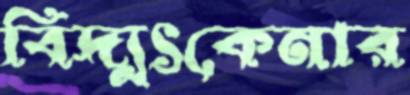
বিদ্যুৎকেনার